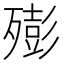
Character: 㱶